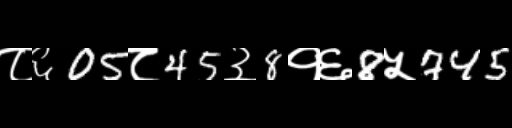
Text: ८६05८45३8१६8५745